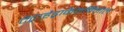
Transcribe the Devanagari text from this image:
टेट्राहैड्राकैनबिनोल